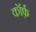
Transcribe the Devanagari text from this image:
कॉर्फ़